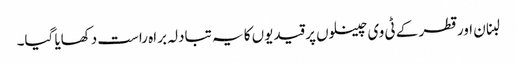
لبنان اور قطر کے ٹی وی چینلوں پر قیدیوں کا یہ تبادلہ براہ راست دکھایا گیا۔